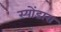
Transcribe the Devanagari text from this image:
स्योंडारा